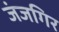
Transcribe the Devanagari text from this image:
जंजगिर